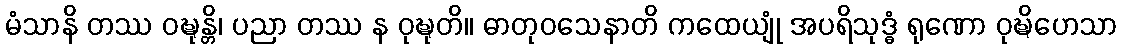
မံသာနိ တဿ ဝဍ္ဎုန္တိ၊ ပညာ တဿ န ဝုဍ္ဎုတိ။ ဓာတုဝသေနာတိ ကထေယျုံ အပရိသုဒ္ဓံ ရုဏော ဝုဍ္ဎိဟေသာ